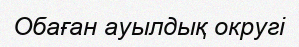
Обаған ауылдық округі